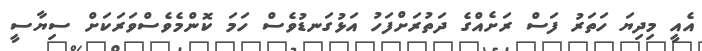
އެއީ މިދިޔަ ހަތަރު ފަސް ރަށެއްގެ ދަތުރަށްފަހު އަޅުގަނޑުވެސް ހަމަ ކޮންމެވެސްވަރަކަށް ސިޔާސީ